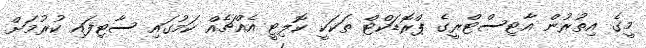
މީގެ އިތުރުން އާޓިސްޓްރީގެ ޕްރޮޑަކްޓް ތަކަކީ ކޮލިޓީ އެއްޗެއް ކަމުގައި ސާޓިފައި ކުރުމަށް